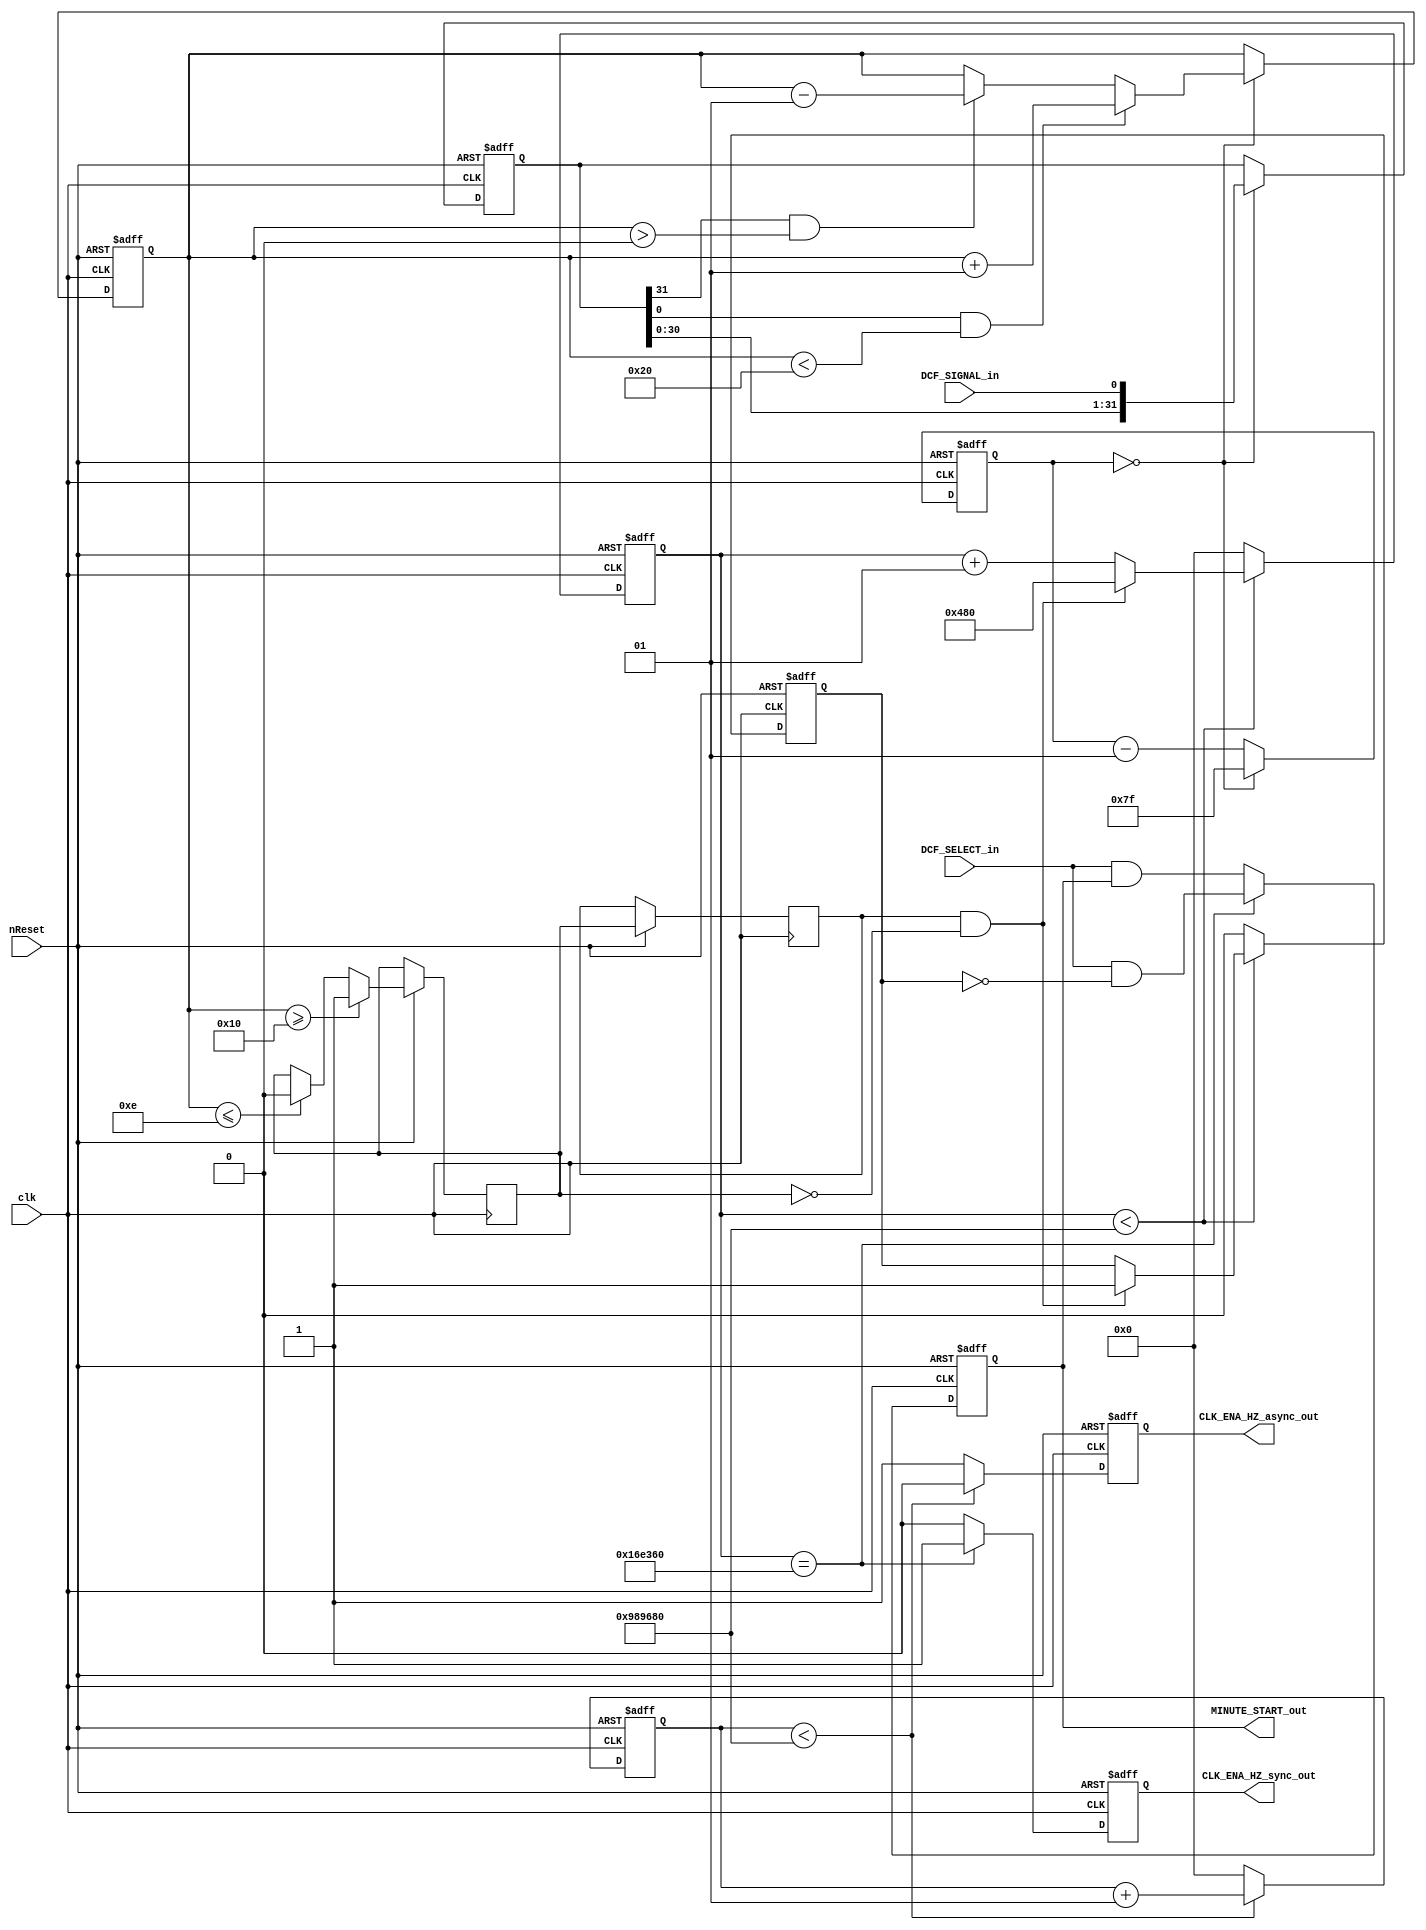
// ------------------------------------------------------------------------- --
// Title         : Clock generator (async and sync with DCF)
// Project       : Praktikum FPGA-Entwurfstechnik
// ------------------------------------------------------------------------- --
// Company       : IDS RWTH Aachen 
// ------------------------------------------------------------------------- --
// Description   : A clock generator for a DCF77 radio-controlled clock
// ------------------------------------------------------------------------- --
// Revisions     :
// Date        Version  Author  Description
// 2018/08/16  1.0      SH      Created
// 2018/09/20  1.1      TS      Clean up, comments
// ------------------------------------------------------------------------- --

module GenClockDCF(clk,                   // 10 MHz clock
                   nReset,                // global reset (active low)
                   DCF_SELECT_in,         // DCF signal is selected
                   DCF_SIGNAL_in,         // DCF signal from antenna (1 Hz domain)
                   CLK_ENA_HZ_async_out,  // clock enable signal (1 Hz domain)
                   CLK_ENA_HZ_sync_out,   // clock enable synchronous to new minute flag
                   MINUTE_START_out);     // new minute flag
  input clk,          
        nReset,
        DCF_SELECT_in,
        DCF_SIGNAL_in;
  
  output CLK_ENA_HZ_async_out,
         CLK_ENA_HZ_sync_out,
         MINUTE_START_out;
  
  reg DCF_SIGNAL_out,
      CLK_ENA_HZ_async_out,
      CLK_ENA_HZ_sync_out,
      MINUTE_START_out;
         
  parameter frequency = 10000000;
  parameter fir_len   = 32;
  parameter thresh_lo = 14;
  parameter thresh_hi = 16;
  parameter timestep  = 128;
  parameter sample_point=frequency*3/20;  // 150 ms after falling edge
  
  integer async_counter,
          sync_counter;
          
  reg int_minute_start,
      last_DCF,
      detected_edge,
      DCF_intern;
      
  reg[fir_len-1:0] delay_line; // FIR window
  integer fir_out, // no of 1's in delay_line
          cycle_cnt;

always@(posedge clk, negedge nReset)
begin
  if(!nReset) begin
    delay_line     <= 0;
    fir_out        <= 0;
    cycle_cnt      <= 0;
    DCF_SIGNAL_out <= 0;
  end
  else begin 
    begin
      if(cycle_cnt==0) begin // Shift-in new value while keeping fir_out up to date
        cycle_cnt <= timestep - 1;
        
        begin
          if((delay_line[fir_len-1] == 1) && (fir_out > 0)) 
            fir_out <= fir_out - 1;
        end
        
        delay_line <= {delay_line[fir_len-2:0],DCF_SIGNAL_in }; // Left-shift delay-line, newest DCF value in LSB 
        
        begin
          if((delay_line[0] == 1) && (fir_out < fir_len)) 
            fir_out <= fir_out + 1;
        end
      end
      else  
        cycle_cnt <= cycle_cnt - 1;
    end
        
    last_DCF <= DCF_intern;
    if(fir_out >= thresh_hi) begin // Actual filtering: if more than tresh_hi 1's in current FIR window, set to 1
      DCF_intern     <= 1;
      DCF_SIGNAL_out <= 1;
    end
    else if (fir_out <= thresh_lo) begin// if less than thresh_lo 1's in current FIR window, set to 0
      DCF_intern     <= 0;
      DCF_SIGNAL_out <= 0;
    end             
  end
end

// ----- GENERATE ASYNCHRONOUS CLOCK ENABLE ---------------------------------
// The asynchronous signal is high for one clock cycle every second. This 
// signal is not linked to the DCF signal.
always@(posedge clk, negedge nReset)
begin
  if(!nReset) begin
    async_counter        <= 0;
    CLK_ENA_HZ_async_out <= 0;
  end
  else if(async_counter < frequency) begin
    async_counter        <= async_counter + 1;
    CLK_ENA_HZ_async_out <= 0;
  end
  else begin
    async_counter        <= 0;
    CLK_ENA_HZ_async_out <= 1;
  end
end

// ----- GENERATE SYNCHRONOUS CLOCK ENABLE ----------------------------------
// The synchronous signal is high for one clock cycle during the sample point
// 150 ms after a falling edge is detected in the DCF signal.
always@(posedge clk, negedge nReset)
begin
  if(!nReset)
    CLK_ENA_HZ_sync_out <= 0;
  else if(sync_counter == sample_point)
    CLK_ENA_HZ_sync_out <= 1;
  else 
    CLK_ENA_HZ_sync_out <= 0;
end

  // ----- FILTER INPUT SIGNAL ------------------------------------------------
  // The DCF77 signal may have spikes that last longer than a clock cycle. To
  // filter these spikes, a falling edge is accepted only if the signal change
  // lasts longer than a certain number of clock cycles
  // (defined by filter_max).
//  process (CLK, nRESET)
//  begin  -- process  
//    if nRESET = '0' then                -- asynchronous reset (active low)
//      last_DCF   <= '0';
//      filter_cnt <= 0;
//    elsif CLK'event and CLK = '1' then  -- rising clock edge
//      last_DCF <= DCF_SIGNAL_in;
//      if last_DCF = '1' and DCF_SIGNAL_in = '0' then
//        filter_cnt <= 0;
//      elsif last_DCF = '0' and DCF_SIGNAL_in = '0' then
//        if filter_cnt < filter_max then
//          filter_cnt <= filter_cnt + 1;
//        else
//          filter_cnt <= filter_max;
//        end if;
//      else
//        filter_cnt <= filter_max;
//      end if;
//    end if;
//  end process;

// ----- GENERATE NEW MINUTE FLAG SIGNAL ------------------------------------
always@(posedge clk, negedge nReset)
begin
  if(!nReset) begin
    sync_counter     <= 0;
    detected_edge    <= 0;
    int_minute_start <= 0;
  end
  else begin
     if(sync_counter < frequency) begin
       if((last_DCF == 1) && (DCF_intern == 0)) begin // falling edge
         sync_counter  <= ((fir_len - thresh_lo) * timestep / 2); 
         detected_edge <= 1;         
       end
       else begin
         sync_counter  <= sync_counter + 1;
         detected_edge <= detected_edge;
       end
     end
     else begin
      sync_counter  <= 0;
      detected_edge <= 0;
     end
    
    if(sync_counter == sample_point)
      int_minute_start <= (DCF_SELECT_in && !(detected_edge)); // If no edge detected - new minute trigger
    else
      int_minute_start <= (DCF_SELECT_in && int_minute_start);
  end
end
  
 always@(int_minute_start)
 begin
   MINUTE_START_out <= int_minute_start;
 end
  
endmodule